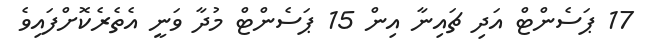
17 ޕަސެންޓް އަދި ޗައިނާ އިން 15 ޕަސެންޓް މުދާ ވަނީ އެތެރެކޮށްފައިވެ